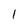
Character: 1